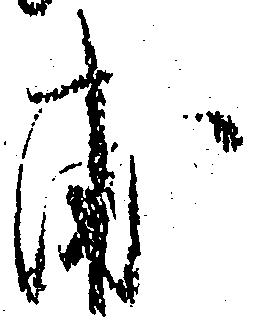
甫